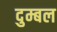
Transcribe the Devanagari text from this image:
दुम्बल